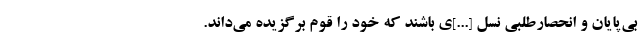
بی‌پایان و انحصارطلبی نسل [...]ی باشند که خود را قوم برگزیده می‌داند.